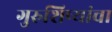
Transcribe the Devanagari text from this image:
गुरुशिष्यांचा